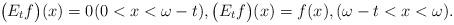
LaTeX: \begin{align*} \big(E_{t}f\big)(x)=0 (0<x<\omega-t),\big(E_{t}f\big)(x)=f(x),(\omega -t<x<\omega).\end{align*}